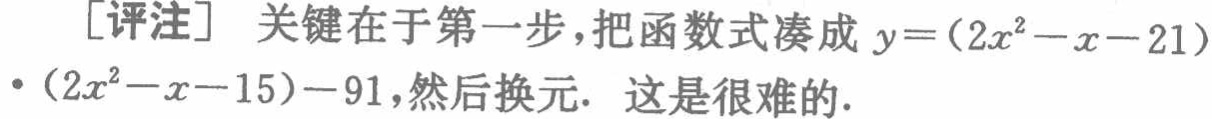
[评注] 关键在于第一步，把函数式凑成 \(y=(2x^{2}-x - 21)\cdot(2x^{2}-x - 15)-91\)，然后换元. 这是很难的.